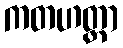
ကတဟတ္ထာ